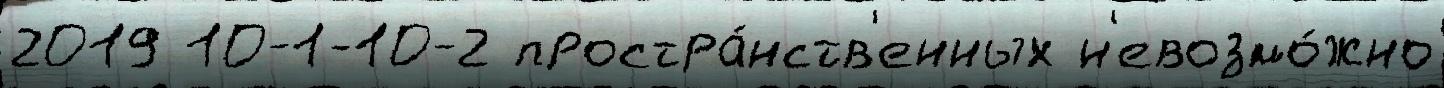
2019 10-1-10-2 простра́нств'енных н'евозмо́жно